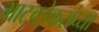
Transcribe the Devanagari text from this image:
भाटवडेकरांच्या